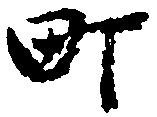
町